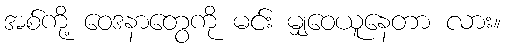
အစ်ကို့ ဝေဒနာတွေကို မင်း မျှဝေယူနေတာ လား။